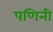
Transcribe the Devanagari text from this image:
पणिनी